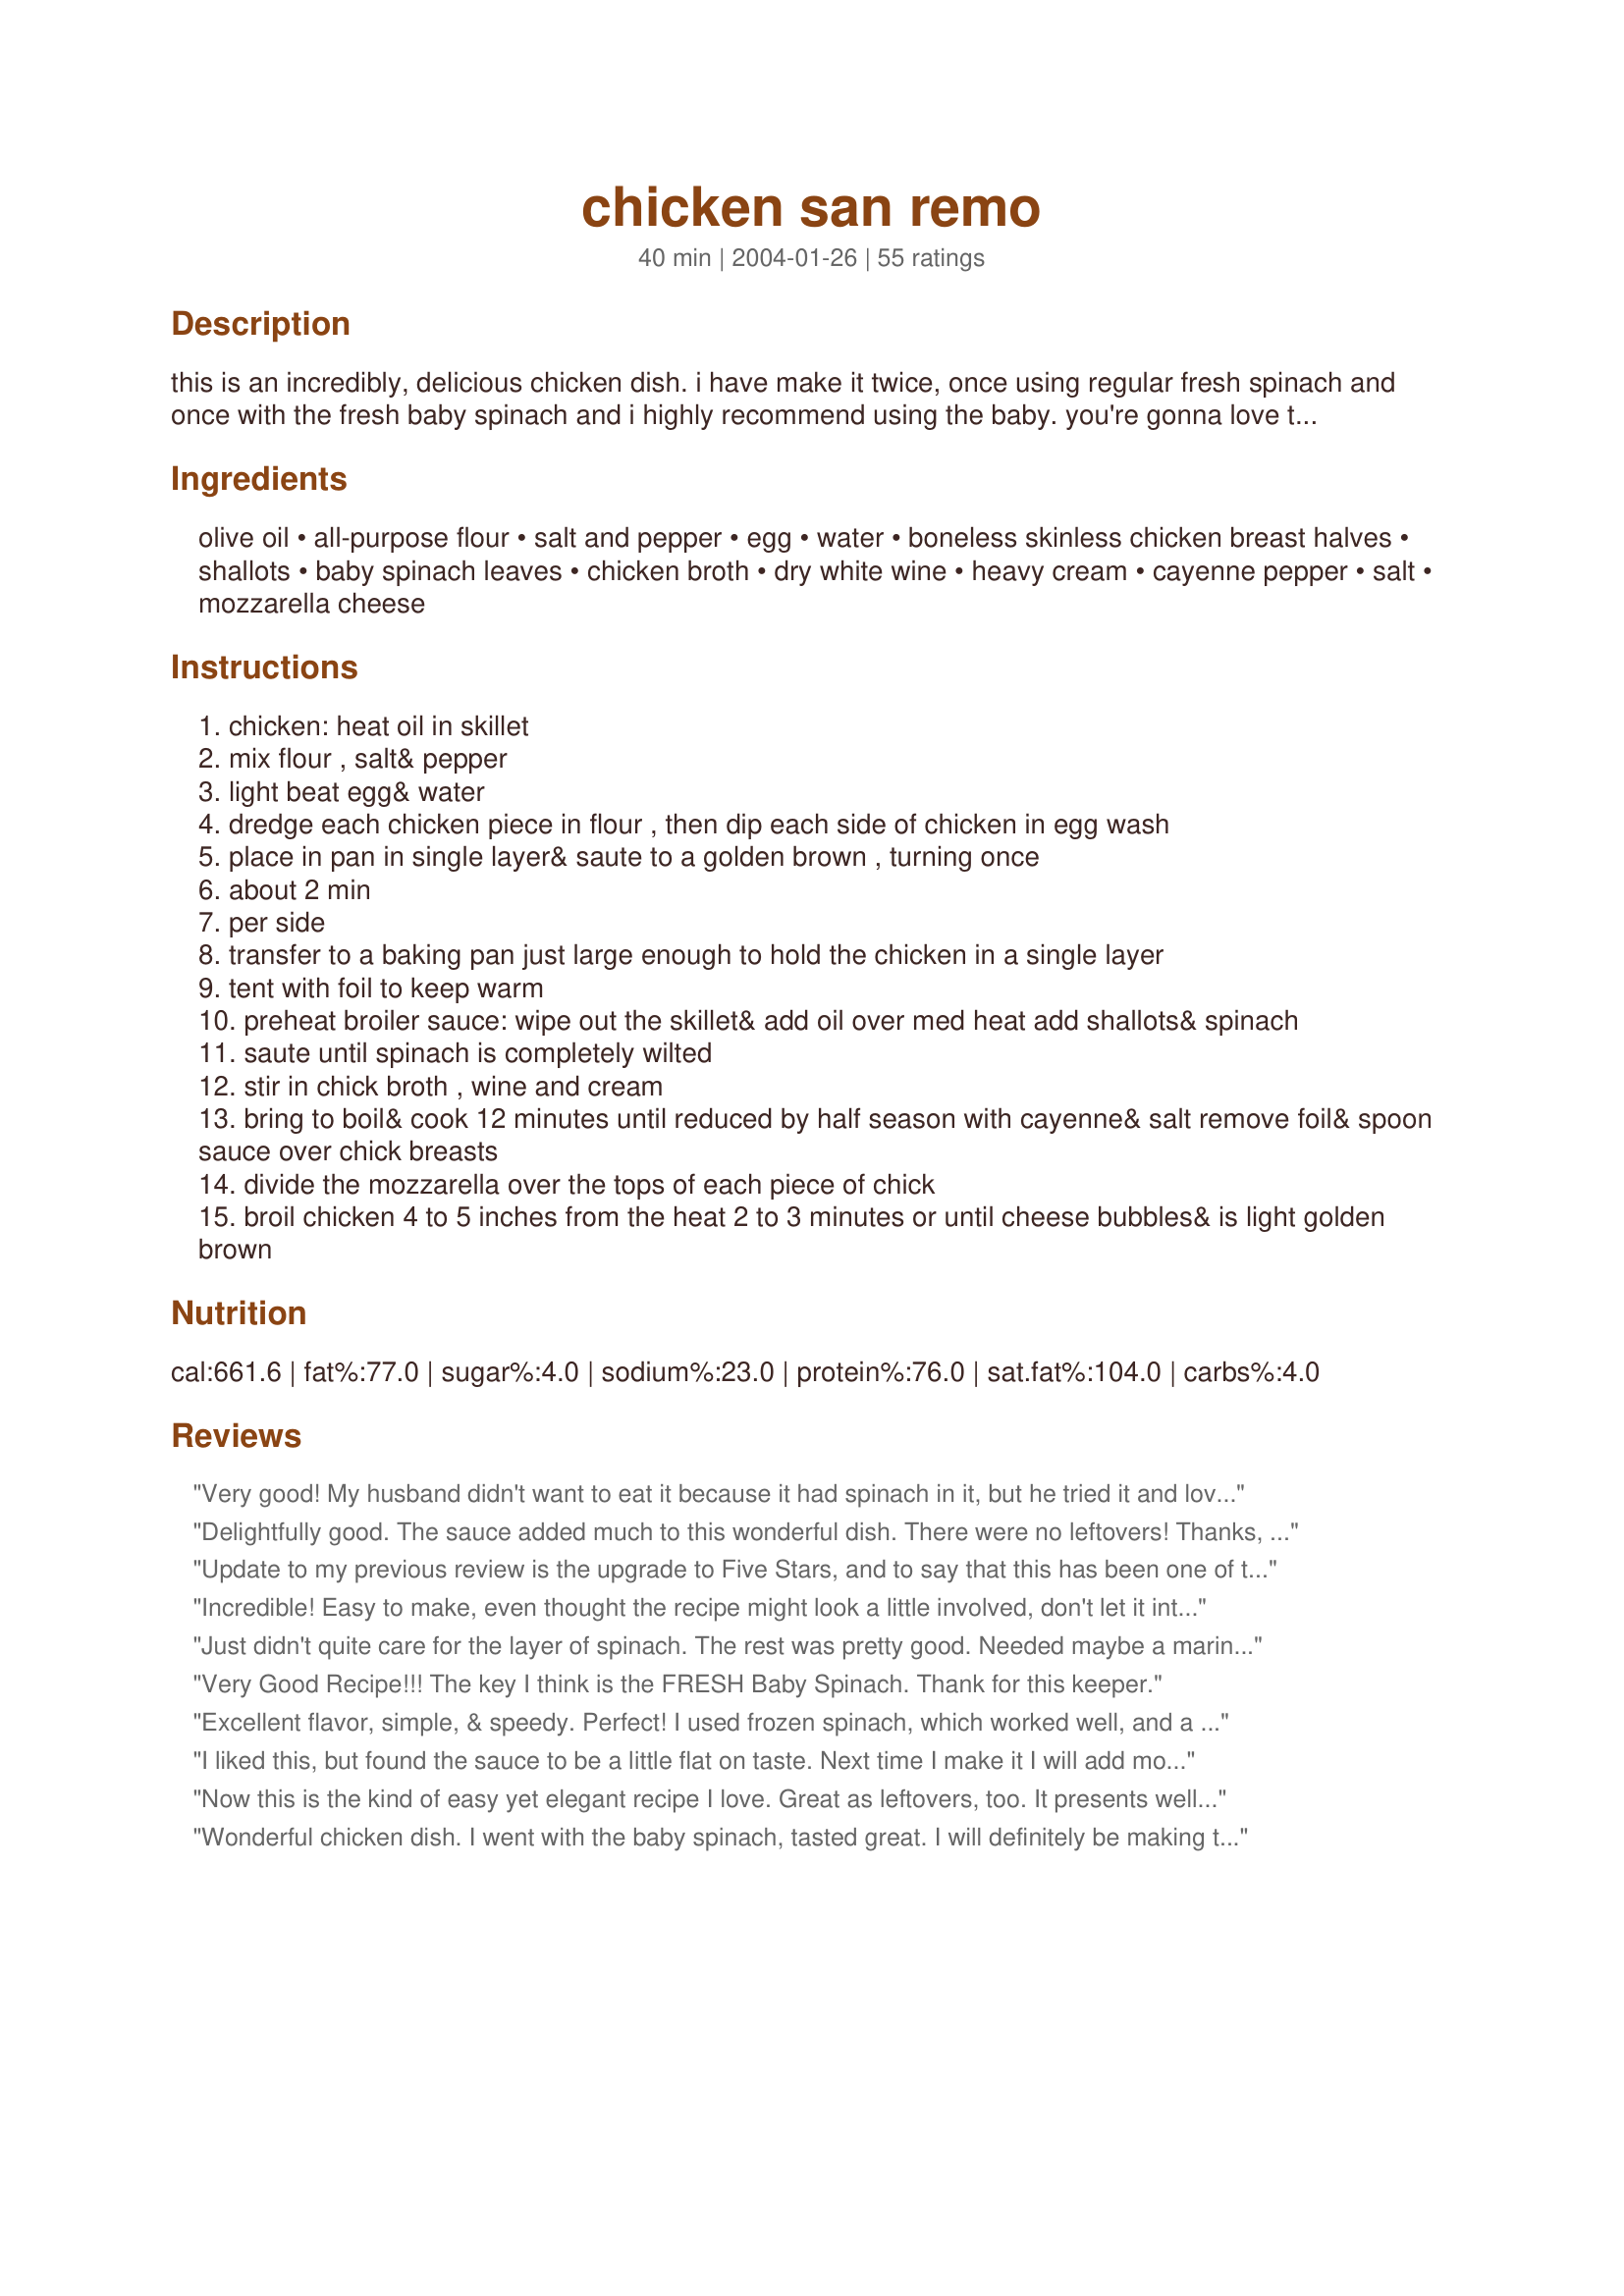
chicken san remo
Preparation time: 40 minutes

this is an incredibly, delicious chicken dish. i have make it twice, once using regular fresh spinach and once with the fresh baby spinach and i highly recommend using the baby. you're gonna love this!!!!

Ingredients:
olive oil, all-purpose flour, salt and pepper, egg, water, boneless skinless chicken breast halves, shallots, baby spinach leaves, chicken broth, dry white wine, heavy cream, cayenne pepper, salt, mozzarella cheese

Steps:
chicken: heat oil in skillet
mix flour , salt& pepper
light beat egg& water
dredge each chicken piece in flour , then dip each side of chicken in egg wash
place in pan in single layer& saute to a golden brown , turning once
about 2 min
per side
transfer to a baking pan just large enough to hold the chicken in a single layer
tent with foil to keep warm
preheat broiler sauce: wipe out the skillet& add oil over med heat add shallots& spinach
saute until spinach is completely wilted
stir in chick broth , wine and cream
bring to boil& cook 12 minutes until reduced by half season with cayenne& salt remove foil& spoon sauce over chick breasts
divide the mozzarella over the tops of each piece of chick
broil chicken 4 to 5 inches from the heat 2 to 3 minutes or until cheese bubbles& is light golden brown

Reviews:
Very good! My husband didn't want to eat it because it had spinach in it, but he tried it and loved it. Will definitely make again.
Delightfully good. The sauce added much to this wonderful dish. There were no leftovers! Thanks, Pat, for another winner.Will make again.
Update to my previous review is the upgrade to Five Stars, and to say that this has been one of the most requested chicken dishes by the family. Jul 14, 2006: A really great way to eat chicken (please see how I rate recipes)! My friends liked this, and I thought for the amount of work/time it was a great dish to make.
Incredible! Easy to make, even thought the recipe might look a little involved, don't let it intimidate you if you're a new cook! The results are worth it and you'll get one step farther with your cooking skills! I could'nt get my chicken breasts thin enough so I just finished them in a 350 oven for about 15 minutes while I did the sauce. I took another reviewers suggestion and thickened the sauce, after the 12 minute simmer time, with 1 T flour & 1/4 C heavy cream. Worked beautifully! I used the cayenne and wasn't timid about it but, if cayenne is too spicey for you, try one of your favorite herbs to season the sauce. I'm thinking basil, tarragon or an herb blend would be delicious! I served this over egg noodles because I want'ed every bite of the delicious sauce! Thanks for a great recipe!
Just didn't quite care for the layer of spinach. The rest was pretty good. Needed maybe a marinara sauce of some sort.
Very Good Recipe!!! The key I think is the FRESH Baby Spinach. Thank for this keeper.
Excellent flavor, simple, & speedy. Perfect! I used frozen spinach, which worked well, and a combination of lemon juice, apple cider vinegar & mirin for the white wine (we were out). Also skipped the mozzarella, as I felt it was rich enough. Served with Rosemary Bread (#64446). Delicious! Thanks!
I liked this, but found the sauce to be a little flat on taste. Next time I make it I will add more seasoning to the sauce. Aside from that it was very nice.
Now this is the kind of easy yet elegant recipe I love. Great as leftovers, too. It presents well and taste wonderful.
Wonderful chicken dish. I went with the baby spinach, tasted great. I will definitely be making this again!
This was GREAT. my husband loved it. I added garlic because we love garlic LOL. Excellent, will make this many times in the future!
Very good! I made this last night and we thoroughly enjoyed it - didn't vary from the recipe at all and it was delicious!
Wish I could give you more stars for one of the best chicken dishes ever! My 2 yr. old loved it!!
This is so good. I left out the white wine as we drink mainly red and I made only 2 servings, so it didn't seem worth opening a bottle for 1/8 of a cup. It was still fantastic, a really good blend of flavours. I served it with gnocchi and I definitely will be making this again! Thanks for sharing!
Very good chicken dish! I served this with brown rice and steamed asparagus. I doubled the sauce in order to serve over the rice. I used a mild yellow onion instead of the shallots (didn't have any available) and half-and-half instead of the heavy cream. I also used a bit more spinach, as I love the stuff. Hubby really liked the slight bite of cayenne. This is a very good dinner from items I normally keep on hand (except the shallots). We will definately be having this again.
 I have made it twice this weak. Very simple, tasty and looks exactly as it does on the picture above. Thanks for sharing.


A delighful dish that will certainly be on rotation at this house.Was serve with cauliflower and green beans.This meal was easy to prepare and tasted like you were dining in an upscale restaurant. This says a lot for a family who until today would not think of eating spinach. Thanks Pat for a great recipe.
I have made this several times and it is very good. I generally add more spices and other flavorings to it such as garlic, minced or powdered onions, a bit more white wine and a bit of butter simply because I like the buttery flavor, but all in all, it is a good recipe and one that you can be proud to serve to guests.
Tastes wonderful, presents beautifully. Thanks for posting!
WOW!!! This is restaurant worthy! This is easily the BEST recipe I have found on Recipezaar. Thank you for sharing.
Delicious! What a great way to get my family to eat spinach, too. This recipe did take me a little longer to prepare than I thought it would, but it's worth the work if you are in the mood to cook. I also used half and half instead and it didn't get as thick as I would've liked, so next time I will use the heavy cream. Thanks for a unique and delicious dish I will be making again!
This is excellent. Used quite a bit of cayenne pepper and salt and its really good! I reduced the sauce before adding the spinach because otherwise the spinach turns really mushy. I like my spinach more when its just barely wilted. I also sauteed fresh sliced mushrooms with the chicken and just before putting the cheese on the chicken I chopped up one fresh tomato and added it to the sauce, for color and some added flavor. Made again, and I minced up three jalapenos, added it on top of the chicken and mushrooms and it really added much needed flavor.
This is an excellent recipe! I doubled the sauce and forgot to add cayenne, and it was great .. thanks! I will make this again!
DH said this was a kaleidoscope of flavors in one dish! He's right! This is fabulous and easy to put together as well! Thank you Boca Pat!!
I made this for dinner the other night with just a couple of changes to suit my family's taste. First, I seasoned the flour mixture with salt, pepper, garlic powder and Tony's Creole seasoning. Second, I used a whole vidalia onion as I did not have shallots. Third, I also added Tony's and garlic to the sauce and for extra flavor and tecture I added a couple of handfuls of fresh sliced mushrooms. Fourth and final change was to use Baby Swiss Cheese instead of Mozzarella becuase that was what I had on hand. My 9 year old helped me make this and she could not stay our of it. We all loved the dish and will defiantely make this again using the changes I stated. Thanks for a great recipe.
Fantastic flavor, Easy to prepare. Note: This meal was better the next day. I liked it when I made it, But I really loved it the next day. What a moist piece of chicken with flavor and texture.
The sauce is really good. I have to admit that I added garlic and onion powder. Also I put in a couple cans of canned mushrooms. For some reason I got a lot of sauce out of this recipe, more than I need for the 4 chicken breasts. I put the sauce over pasta and served it with the dish. Great recipe.
This chicken is really good, my family really enjoyed it. I made Mizz Nezz's Mashed red potatoes with garlic and Parmesan #34382 and it went perfectly with the chicken. Thank you for a great meal.
Wonderful! I loved this recipe and so did my family. Will be making it for guests for sure.
I really enjoyed this dish. I thought it had great flavor and a nice presentation. I would make this again. I did not alter a thing. Thanks!
Wow, this was delicious! It was as gorgeous as it was tasty. I look forward to making this again soon. In fact, this will be a part of the regular rotation. Thanks so much for posting such a wonderful recipe.
This was very good. I used baby spinach and it did not taste bitter like spinach sometimes does to me. This was easier to make than I thought it would be. My dd, dh, dm, df loved it. I thickened the sauce by mixing some flour with cream and adding it near the end of the sauce cooking time. It still could have been thicker. This was excellent!!
This was delicious!!! It was alittle bit of work, but it was well worth it!It was a great change from the traditional chicken recipes. It was enjoyed by my whole family. I used gluten free flour, to make this a gluten free recipe! Yum!! I will definitely make this again!
Made this last night. All the family enjoyed it. It was creamy with an interesting bite of the cayenne. This can be adjusted from mild to hot depending on how much you add. I use chicken 3-4 times a week and this was a good & different approach to the same main ingredient. The spinach was a nice touch. I used 1 cup of broth and omitted the wine. I served it over rice and had an exta vegetable. Next time I'll double the sauce as everyone wanted more to put on the rice. Definitely 5-star!
We thought this was just ok - hubby & son picked the spinach off and the 4 yo did the same thing. The sauce was somewhat bland, except for the ceyenne...
The whole fam loved this chicken. Even my two picky kids ate it up. It was so easy and left me plenty of time to prepare the rest of oyr meal. I will try adding some garlic to the sauce next time though. We will definitely make this again.
Exquisite! I forgot to add the Cayenne, but the dish turned out divine anyway. This is a "special" recipe I'd save for special occasions or company, which isn't too complicated.
Nice for something different. I really like the chicken itself, but the sauce seemed to fall a little flat for my tastes. Everyone I have made this for though has loved it.

I recommend doubling the sauce (not the spinach though) and cooking it up with linguine and adding some garlic to the recipe for some extra flavor.

I can't stress enough making sure you let the sauce cook down to a thicker consistancy, the thicker the sauce, the better.

Overall it was a very savory dish.
I prepared this dish for a dinner party we had this last friday. Everyone including my picky husband raved about this dish. I did enjoy it however I could taste the oil and I am not a fan of fried food. Next time I try this I am going to try something different instead of the olive oil
This dish was ok, but I had some issues with it. First, you put the baby spinach in with the onions, then cook it for 12 min with the wine and cream. By the time the dish is done, you have cooked the heck out of the baby spinach and you may as well have used a frozen box of spinach. I may try this again, putting the spinach in at the end of the reduction time. Also, after 12 min, this was still pretty watery. It needs more reduction time, or, a little flour or something to thicken the sauce. I also think it needs some mushrooms to make it a step up. But saying all of that, I think this recipe has potential to be really good with a little tweeking.
This was excellent. Tasted like restaurant quality. Thanks for a keeper!
This is a winner! Will serve to company, too. I did sub, reduced fat sour cream for heavy cream with no problems. I made sure to mix well into broth and wine first. Thanks!
This is a delicious chicken recipe! I made it exactly as the recipe stated and it turned out lovely! I will make this again!
This was amazing! Took me a few minutes longer to prepare but results were worth it. Followed suggestions of other reviews & added a little garlic, used diced up onion (didn't have shallots). Husband liked it but going to try just a little more seasoning next time. This one is worth trying - thanks Shirl!!
Just to add to all the other fab reviews, this was so good! My whole family really enjoyed it.
Very tasty and relatively easy. Be sure to spoon the sauce over the entree, it's so good. I think once the recipe is made, the next try will go much quicker, so beginning chefs, don't be discouraged. Tried something new - replaced olive oil with virgin coconut oil and it worked beautifully. I had to substitute frozen spinach and dried shallots. As the spinach was draining, I wrapped the dried shallots in the spinach to begin the softening process. I used about 5 dashes of cayenne and the pepper was subtle and delicious. THANKS FOR SHARING!
Even though I beat them my chicken breast were thick and not done after browning. I made the sauce and then put everything in the oven and cooked for 25 minutes on 350. The sauce didn't thicken in the oven as I had hoped, so I thickened it back on the stovetop and added some diced tomato. This was DELICIOUS!!! My husband LOVED it!!! That means many many many stars! Thank you Boca Pat!
Divine. I used only two breast halves and the full sauce recipe, then served this with mashed potatoes. I replaced the cream with milk and used 2 T of cornstarch dissolved in a bit of water to thicken the sauce. Can't wait to have more fun with the cayenne/spinach combination. It's fantastic.
This recipe was great. I used half and half like many others. Though it did not thicken quite as much as would heavy cream, it was well worth saving the calories. Also, some other easy low fat additions would be to use low fat mozzarella and substite eggs. Wonderful meal! Mmmm!
This was very good. Even my picky eaters ate it all up! My only problem was that the sauce didn't thicken. I let it boil quite awhile and it was still very liquidy. I will definately make again and if I have the same problem, I'll just use a bit of cornstarch. Thanks!
This was absolutely delicious. I was out of cayenne so I used some cajun seasoning I had on hand. It turned out great looking and the taste was fantastic. Easy, too! Thanks!
Very good and easy chicken dish. It was nice to have something a little different for chicken. 

I used half and half instead of the cream and substituted some cranberry juice for the wine ( completely out ) . I also added 1/2 bag of frozen spinach just to use it up. 

Even with the substitutions it was excellent. I will definitely make again.

The only change I would make personally would be to use a low sodium chicken broth. 

Thanks for a great recipe. 

Definitely company quality!!! What a wonderful meal even though I did do a MAJOR screw up! I read the reviews and decided to double the sauce ingredients...however the family was distracting me and I accidentily added 2c. of Chardonnay instead of a 1/2c.!!!! So I just did not double the cream and cooked it WAY down...of course it did not thicken properly so I used Wondra flour to help me out! Even with the extreme error I knew the extra cream would have raised this dish even beyond the 5 stars! It truly says something about the quality of a dish when a mistake like that will still give it 5 stars! It is fantastic tasting, it looks absolutely stunning when plated, this dish has it all!
I made this dish last night and both my husband I were really pleased with the end result. :) The frying of the chicken I felt was key in this dish...especially with having a sauce over the top of it....no soggy chicken. :) I doubled the sauce recipe and added minced garlic since my husband and I adore it. One thing I will do next time is add some cornstarch to help thicken the sauce, it had terrific flavor just a little thin probably due to me doubling the recipe. Rather then wipping out the pan after the frying of the chicken, and adding new oil, I just added my ingredients to the oil left in the pan. I figured it would provide more flavor. I served this with steamed broccoli and Cavatappi (corkscrew) pasta and poured the remaining sauce over the noodles. This is a must for all recipe files in my opinion. Thank you for sharing Boca Pat!!!!
This was so good. I love making it cause the whole family will eat it. I have a very picky eater that is usually the first one done when this is for dinner.
